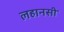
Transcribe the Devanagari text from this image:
लहानसी